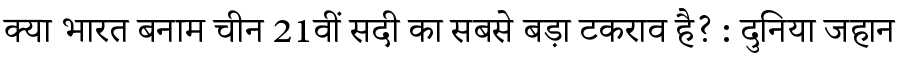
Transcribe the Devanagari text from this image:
क्या भारत बनाम चीन 21वीं सदी का सबसे बड़ा टकराव है? : दुनिया जहान